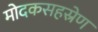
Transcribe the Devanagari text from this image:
मोदकसहस्रेण